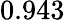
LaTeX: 0.943